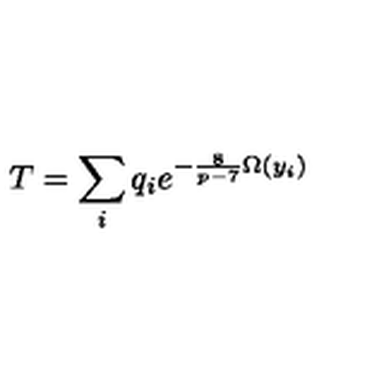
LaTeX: T = \sum _ { i } q _ { i } e ^ { - \frac { 8 } { p - 7 } \Omega ( y _ { i } ) }